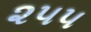
૨૫૫